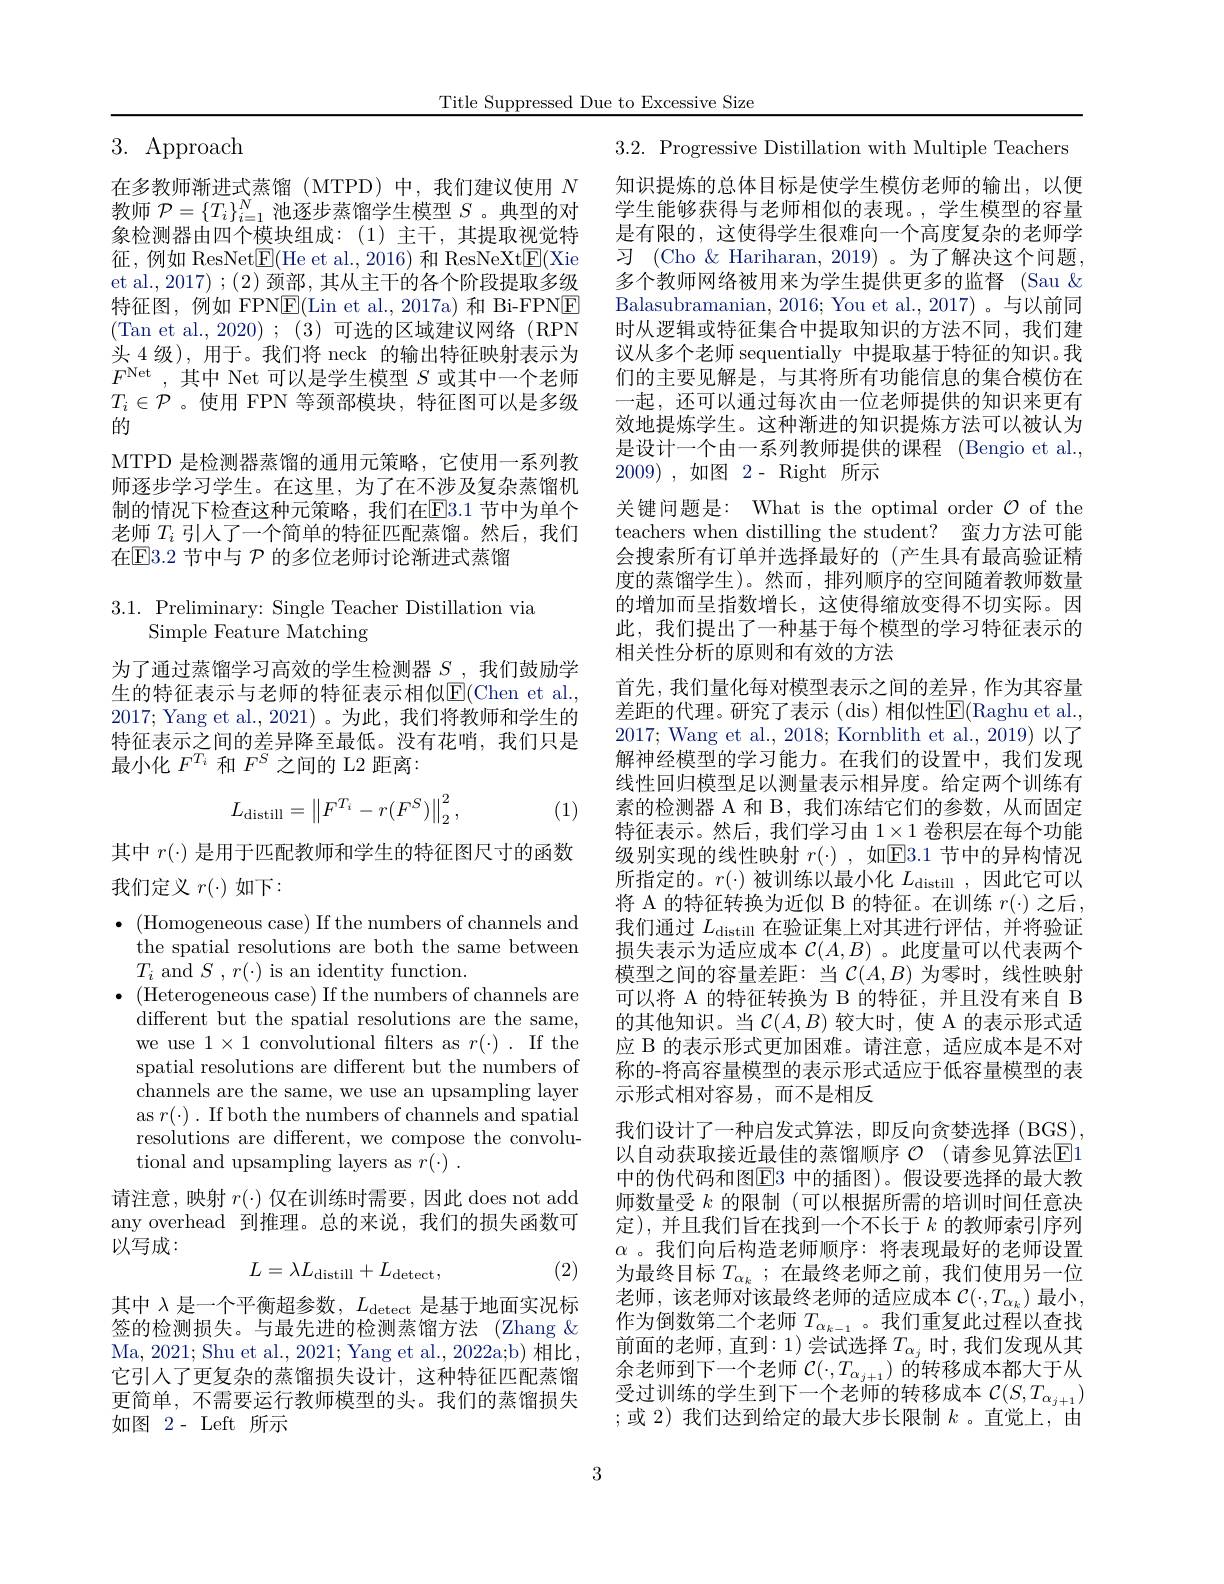
Title Suppressed Due to Excessive Size

# $3.~$Approach

在多教师渐进式蒸馏(MTPD)中，我们建议使用$N$ 教师$\mathcal{P}=\{T_i\}_{i=1}^N$池逐步蒸馏学生模型$S$ 。典型的对象检测器由四个模块组成：(1)主干，其提取视觉特征，例如 ResNet$\underline{\mathrm{E}}($He et al.,2016) 和 ResNeXt$\underline{\mathrm{E}}($Xie et al., 2017) ; (2) 颈部，其从主干的各个阶段提取多级特征图，例如 FPNE(Lin et al.,2017a)和 Bi-FPNE (Tan et al.,2020) ; (3) 可选的区域建议网络 (RPN 头 4 级), 用于。我们将 neck 的输出特征映射表示为$F^{\mathrm{Net}}$ ,其中 Net 可以是学生模型 $S$ 或其中一个老师$T_i\in\mathcal{P}$ 。使用 FPN 等颈部模块，特征图可以是多级的
MTPD 是检测器蒸馏的通用元策略，它使用一系列教师逐步学习学生。在这里，为了在不涉及复杂蒸馏机制的情况下检查这种元策略，我们在$\overline{\mathrm{E}}$3.1 节中为单个老师$T_i$引人了一个简单的特征匹配蒸馏。然后，我们在$\mathbb{E}$E3.2 节中与 $\mathcal{P}$ 的多位老师讨论渐进式蒸馏

$3.1.{\mathrm{~Preliminary:~Single~Teacher~Distillation~via}}$
Simple Feature Matching

为了通过蒸馏学习高效的学生检测器$S$ ,我们鼓励学生的特征表示与老师的特征表示相似$\overline{\mathrm{E}}($Chen et al., 2017; Yang et al., 2021)。为此，我们将教师和学生的特征表示之间的差异降至最低。没有花哨，我们只是最小化$F^{T_i}$和$F^S$之间的 L2 距离：
$$L_{\mathrm{distill}}=\left\|F^{T_{i}}-r(F^{S})\right\|_{2}^{2},$$
(1)

其中$r(\cdot)$是用于匹配教师和学生的特征图尺寸的函数
我们定义$r(\cdot)$如下：

$\bullet$ (Homogeneous case) If the numbers of channels and
the spatial resolutions are both the same between
$T_{i}$ and $S,r(\cdot)$ is an identity function.
$\bullet$ (Heterogeneous case) If the numbers of channels are
different but the spatial resolutions are the same, we use $1\times1$ convolutional filters as $r(\cdot).$ If the spatial resolutions are different but the numbers of channels are the same, we use an upsampling layer as $r(\cdot).$ If both the numbers of channels and spatial resolutions are different, we compose the convolutional and upsampling layers as $r( \cdot )$ .

请注意，映射$r(\cdot)$仅在训练时需要，因此 does not add any overhead 到推理。总的来说，我们的损失函数可以写成：
(2)
$$L=\lambda L_{\mathrm{distill}}+L_{\mathrm{detect}},$$
其中$\lambda$是一个平衡超参数，$L_\mathrm{detect}$是基于地面实况标签的检测损失。与最先进的检测蒸馏方法 (Zhang & Ma, 2021; Shu et al., 2021; Yang et al., 2022a;b) 相比， 它引人了更复杂的蒸馏损失设计，这种特征匹配蒸馏更简单，不需要运行教师模型的头。我们的蒸馏损失如图 2- Left 所示

3.2. Progressive Distillation with Multiple Teachers 知识提炼的总体目标是使学生模仿老师的输出，以便学生能够获得与老师相似的表现。,学生模型的容量是有限的，这使得学生很难向一个高度复杂的老师学习 (Cho &Hariharan, 2019) 。为了解决这个问题， 多个教师网络被用来为学生提供更多的监督 (Sau $\&$ Balasubramanian, 2016; You et al., 2017) 。与以前同时从逻辑或特征集合中提取知识的方法不同，我们建议从多个老师 sequentially 中提取基于特征的知识。我们的主要见解是，与其将所有功能信息的集合模仿在一起，还可以通过每次由一位老师提供的知识来更有效地提炼学生。这种渐进的知识提炼方法可以被认为是设计一个由一系列教师提供的课程 (Bengio et al., 2009) , $如 图$ 2 - Right 所示
关键问题是：What is the optimal order $\mathcal{O}$ of the teachers when distilling the student? 蛮力方法可能会搜索所有订单并选择最好的 (产生具有最高验证精度的蒸馏学生)。然而，排列顺序的空间随着教师数量的增加而呈指数增长，这使得缩放变得不切实际。因此，我们提出了一种基于每个模型的学习特征表示的相关性分析的原则和有效的方法
首先，我们量化每对模型表示之间的差异，作为其容量差距的代理。研究了表示 (dis) 相似性E$( Raghu et al. $, 2017; Wang et al., 2018; Kornblith et al., 2019) 以了解神经模型的学习能力。在我们的设置中，我们发现线性回归模型足以测量表示相异度。给定两个训练有素的检测器 A 和 B, 我们冻结它们的参数，从而固定特征表示。然后，我们学习由$1\times1$卷积层在每个功能级别实现的线性映射$r(\cdot)$,如$\boxed{\mathrm{E}}3.1$节中的异构情况所指定的。$r(\cdot)$被训练以最小化$L_\mathrm{distill}$,因此它可以将 A 的特征转换为近似 B 的特征。在训练 $r(\cdot)$ 之后， 我们通过$L_\mathrm{distill}$在验证集上对其进行评估，并将验证损失表示为适应成本$\mathcal{C}(A,B)$ 。此度量可以代表两个模型之间的容量差距：当$\mathcal{C}(A,B)$ 为零时，线性映射可以将 A 的特征转换为 B 的特征，并且没有来自 B 的其他知识。当$\mathcal{C}(A,B)$较大时，使 A 的表示形式适应 B 的表示形式更加困难。请注意，适应成本是不对称的-将高容量模型的表示形式适应于低容量模型的表示形式相对容易，而不是相反
我们设计了一种启发式算法，即反向贪婪选择(BGS), 以自动获取接近最佳的蒸馏顺序 $\mathcal{O}$ (请参见算法$\mathbb{E}$1中的伪代码和图$\overline{\mathrm{E}}$3 中的插图)。假设要选择的最大教师数量受$k$的限制 (可以根据所需的培训时间任意决定),并且我们旨在找到一个不长于$k$的教师索引序列$\alpha$。我们向后构造老师顺序：将表现最好的老师设置为最终目标$T_{\alpha_k}$ ;在最终老师之前，我们使用另一位老师，该老师对该最终老师的适应成本 $\mathcal{C}(\cdot,T_{\alpha_k})$ 最小， 作为倒数第二个老师$T_{\alpha_{k-1}}$。我们重复此过程以查找前面的老师，直到：1)尝试选择$T_\alpha_j$ 时，我们发现从其余老师到下一个老师$\mathcal{C}(\cdot,T_{\alpha_{j+1}})$的转移成本都大于从受过训练的学生到下一个老师的转移成本$\mathcal{C}(S,T_{\alpha_{j+1}})$ ;或 2)我们达到给定的最大步长限制 $k$。直觉上，由

3